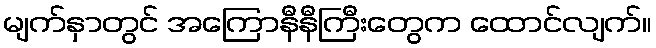
မျက်နှာတွင် အကြောနီနီကြီးတွေက ထောင်လျက်။